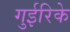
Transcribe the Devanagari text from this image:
गुईरिके